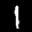
Label: 1